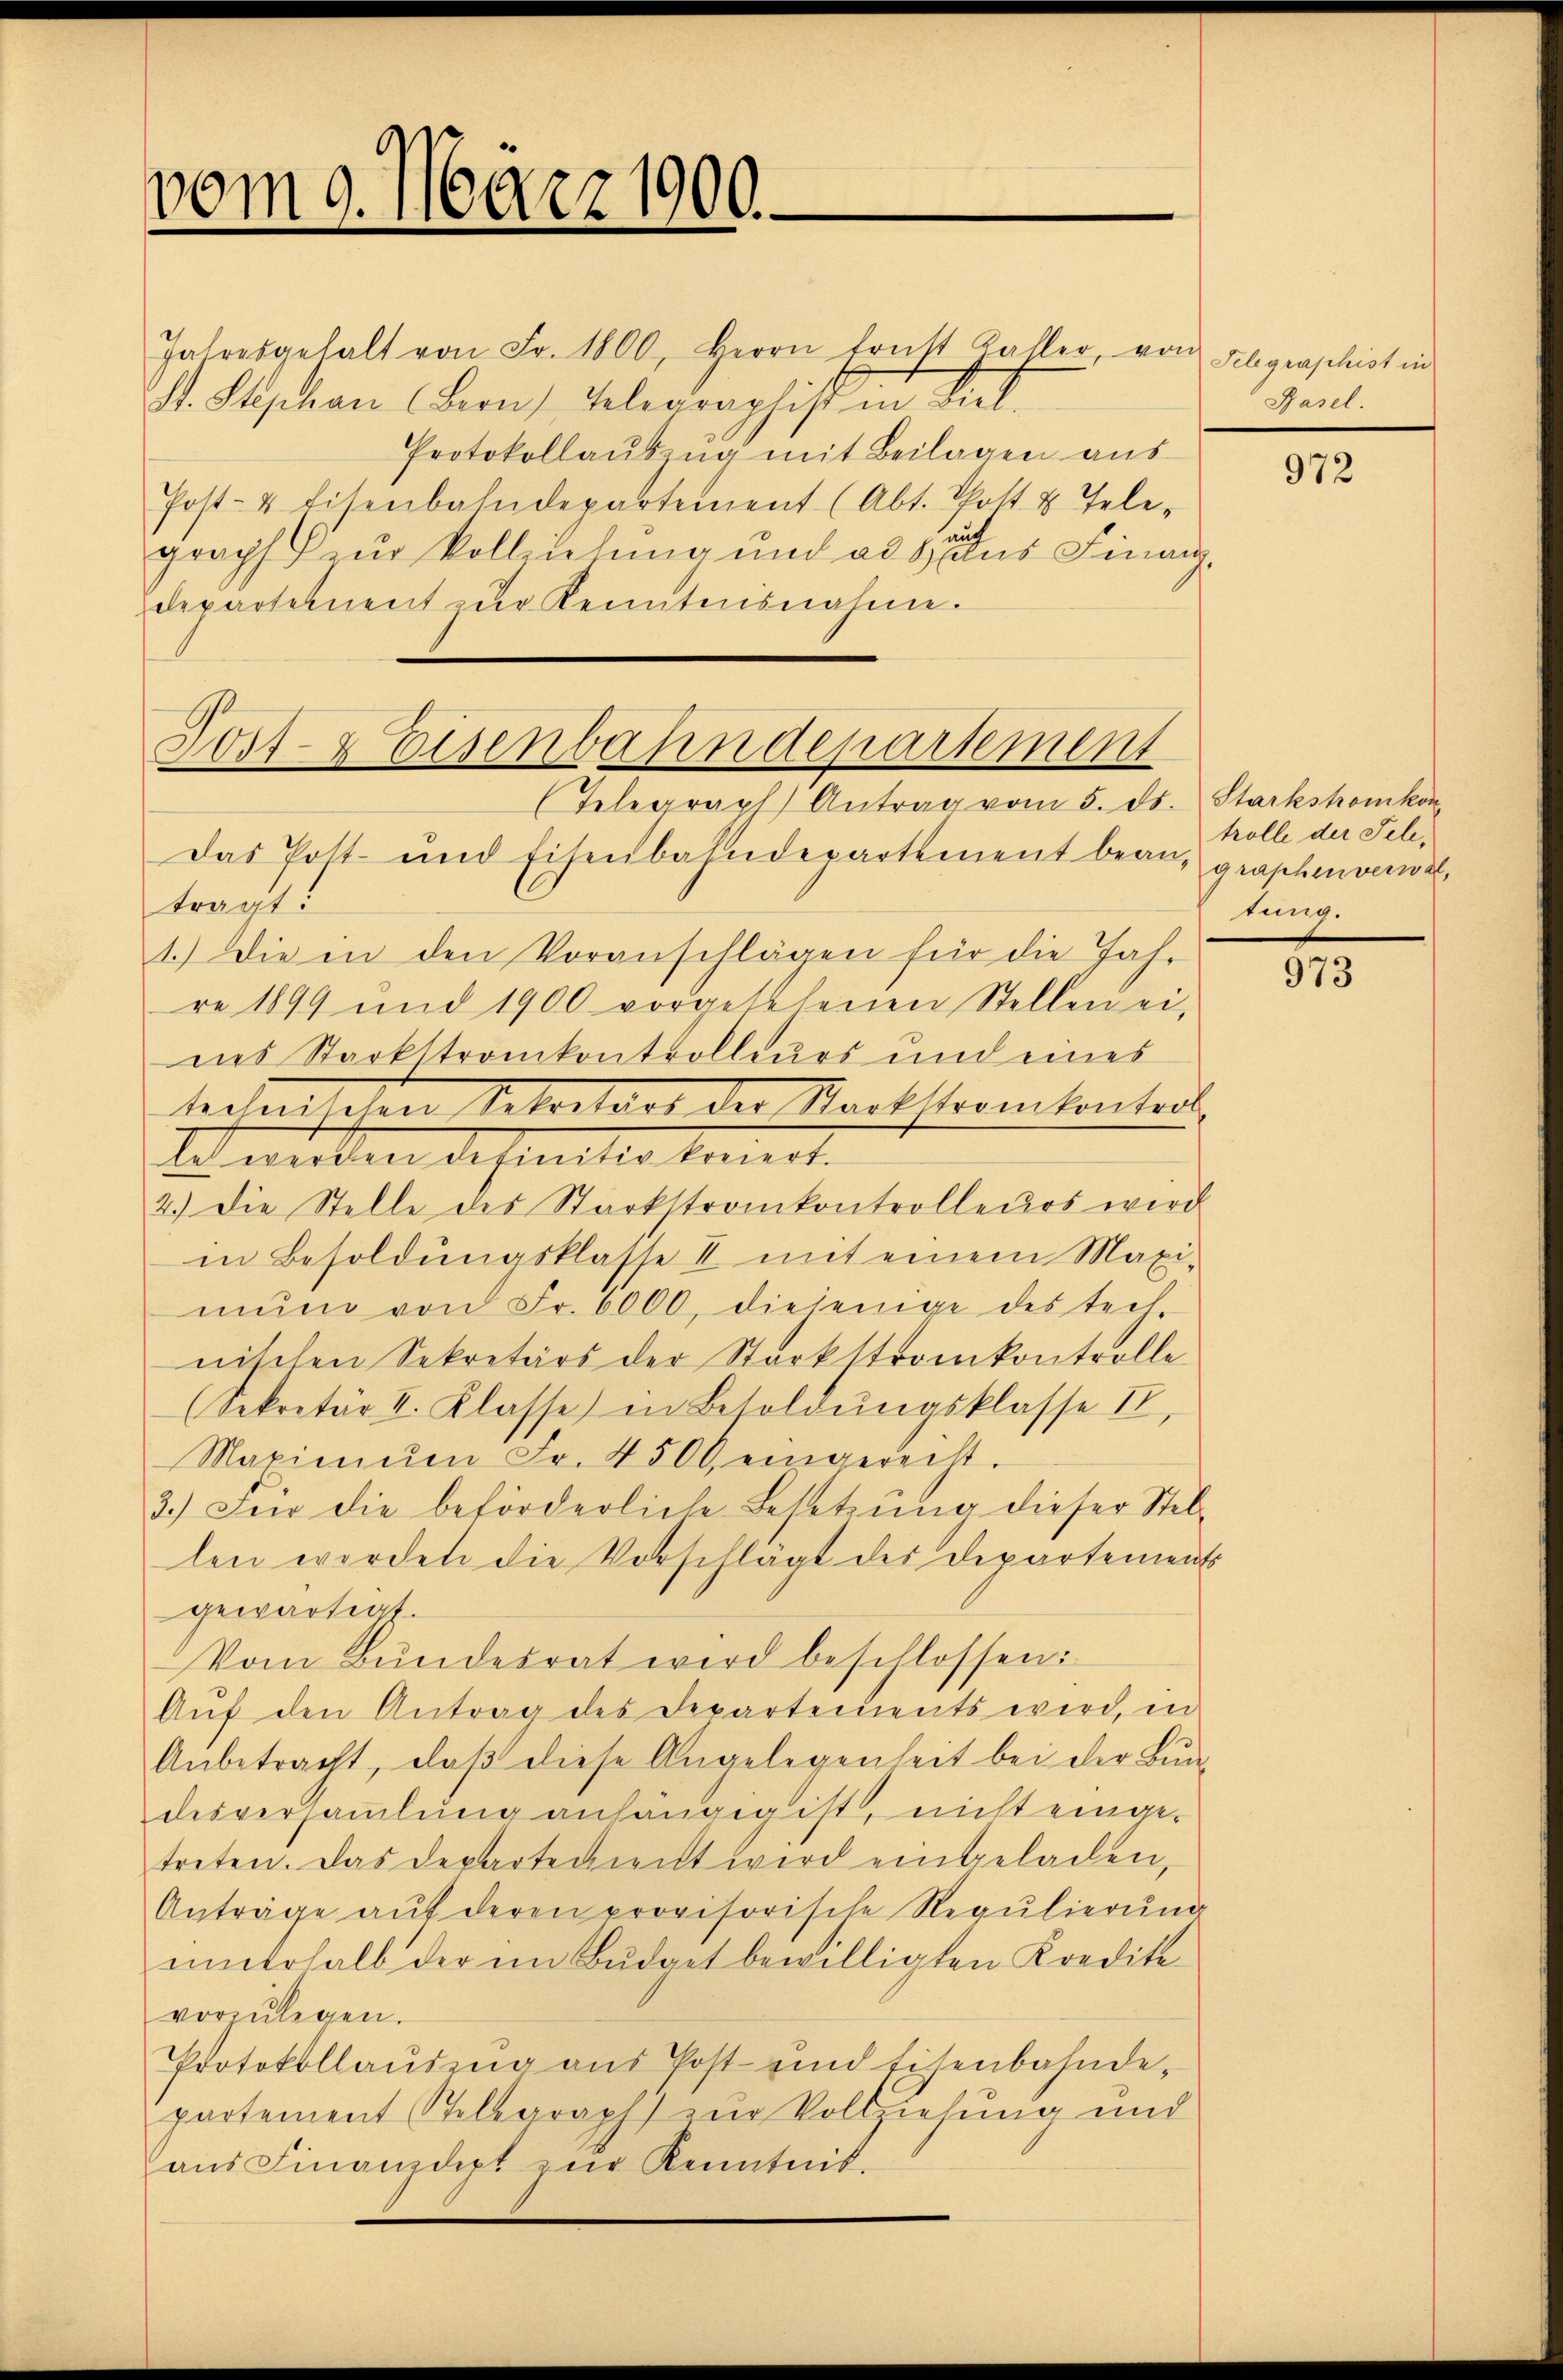
vom 9. März 1900.

1111
Post- & Eisenbahndeparte
(Telegraph Antrag vom 5. ds. Starkstomkon

Jahresgehalt von Fr. 1800, Herrn tritt Kaller, von Felgraphist in
st. Stephan Bern, Gelegraphist in Rat
Protokollauszug mit Beilagen aus
Post- & Eisenbahndepartement (Abt. Thott u. Tele-
graph ur Vollziehung und ad das Finanz-
departement zŭr Kenntnisnahme.

Basel.

Das Post- und Eisenbahndepartement bean, graphenver
tragt:
1.) Die in den Voranschlägen für die Jah-
re 1899 und 1900 vorgesehenen Stellen ei-
nes Starkttrankontrolleurs und eines
tedat den Veloitaet der Nacktramtentrol
Ei werden des mitto tiert.
2.) Die Stelle des Stärkstrankontrolleurs wird
in Besoldŭngsklasste II mit einem Maxi-
mŭng von Fr. 6000, diejenige des tech-
nischen Sekretärs der Starkstrankontrolle-
(Sekretär II. Klasse) in Besoldŭngsklasse II,
Maximŭm Fr. 4500 eingereiht.
3.) Für die beförderliche Besetzŭng dieser Stel-
len werden die Vorschlägt des Departements
gewärtigt.
Vom Bundesrat wird beschlossen:
Aŭf den Antrag des Departements wird, in
Anbetracht, daβ diese Angelegenheit bei der Bun-
desversammlung anhängig ist, nicht eingetreten. Das Departement wird eingeladen,
Anträge aŭf deren provisorische Regŭlierŭng
unerhalb der im Budget bewilligten Kreditevorzŭlegen.
Protokollauszug aus Post- und Eisenbahndepartement Telegraph) zŭr Volknehmig und
aus Finanzdept zur Kenntnis.

972

trolle der Teletung.

973